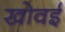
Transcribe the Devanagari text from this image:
खोवई